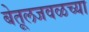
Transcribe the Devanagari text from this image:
बेतूलजवळच्या